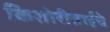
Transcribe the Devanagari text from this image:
किशोरीताईंचे